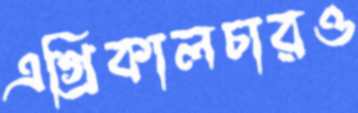
এগ্রিকালচারও